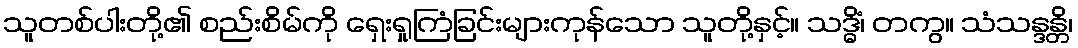
သူတစ်ပါးတို့၏ စည်းစိမ်ကို ရှေးရှုကြံခြင်းများကုန်သော သူတို့နှင့်။ သဒ္ဓိံ၊ တကွ။ သံသန္ဒန္တိ၊